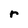
Character: r